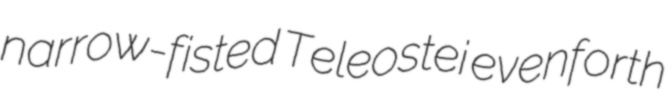
narrow-fisted Teleostei evenforth